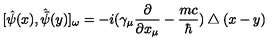
[ \hat { \psi } ( x ) , \hat { \bar { \psi } } ( y ) ] _ { \omega } = - i ( \gamma _ { \mu } \frac { \partial } { \partial x _ { \mu } } - \frac { m c } { \hbar } ) \bigtriangleup ( x - y )